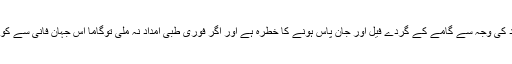
رپورٹر نے مزید مسالہ لگاتے ہوئے یہ بھی بتایا کہ شدیدتشدد کی وجہ سے گامے کے گردے فیل اور جان پاس ہونے کا خطرہ ہے اور اگر فوری طبی امداد نہ ملی توگاما اس جہان فانی سے کوچ کرکے عالم جاودانی اپنی زخمی تشریف سمیت جاسکتا ہے۔